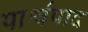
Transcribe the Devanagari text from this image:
पार्श्वपाद